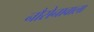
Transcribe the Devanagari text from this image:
नौसेनावाला